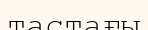
тастағы